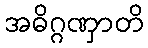
အဓိဂ္ဂဏှာတိ